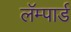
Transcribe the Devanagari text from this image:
लॅम्पार्ड